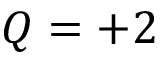
Q = + 2